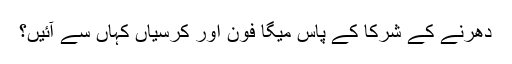
دھرنے کے شرکا کے پاس میگا فون اور کرسیاں کہاں سے آئیں؟